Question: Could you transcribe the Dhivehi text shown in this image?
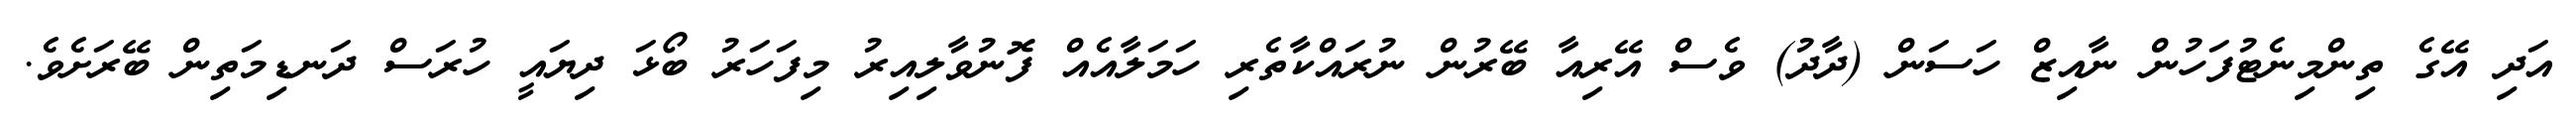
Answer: އަދި އޭގެ ތިންމިނެޓުފަހުން ނާއިޒް ހަސަން (ދާދު) ވެސް އޭރިއާ ބޭރުން ނުރައްކާތެރި ހަމަލާއެއް ފޮނުވާލިއިރު މިފަހަރު ބޯޅަ ދިޔައީ ހުރަސް ދަނޑިމަތިން ބޭރަށެވެ.